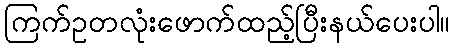
ကြက်ဥတလုံးဖောက်ထည့်ပြီးနယ်ပေးပါ။